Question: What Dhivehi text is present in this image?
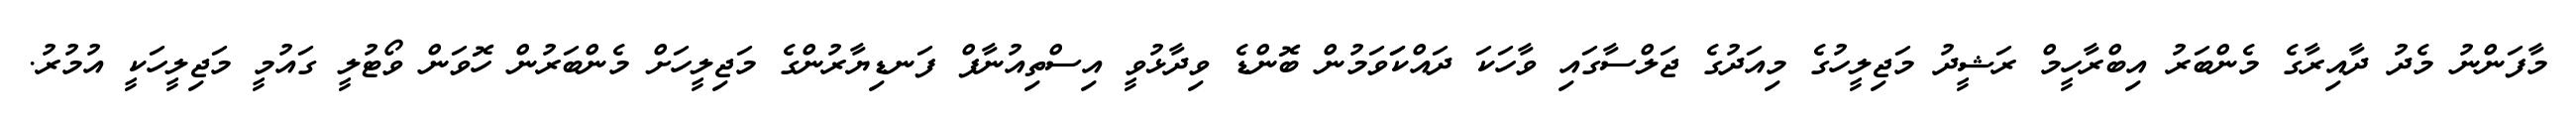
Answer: މާފަންނު މެދު ދާއިރާގެ މެންބަރު އިބްރާހީމް ރަޝީދު މަޖިލީހުގެ މިއަދުގެ ޖަލްސާގައި ވާހަކަ ދައްކަަވަމުން ބޮންޑެ ވިދާޅުވީ އިސްތިއުނާފް ފަނޑިޔާރުންގެ މަޖިލީހަށް މެންބަރުން ހޮވަން ވޯޓުލީ ގައުމީ މަޖިލީހަކީ އުމުރު.